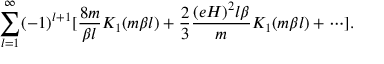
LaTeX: \sum _ { l = 1 } ^ { \infty } ( - 1 ) ^ { l + 1 } [ \frac { 8 m } { \beta l } K _ { 1 } ( m \beta l ) + \frac { 2 } { 3 } \frac { ( e H ) ^ { 2 } l \beta } { m } K _ { 1 } ( m \beta l ) + \cdots ] .